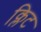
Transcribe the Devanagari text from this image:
क्लिट